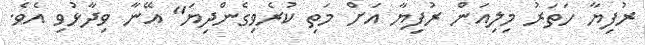
ރުފިޔާ ހަތަރު މިލިއަން ރުފިޔާ އަށް މަތި ކުރެވިގެންދިޔަ" އޭނާ ވިދާޅުވި އެވެ.